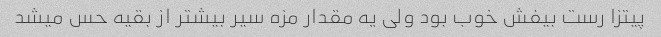
پیتزا رست بیفش خوب بود ولی یه مقدار مزه سیر بیشتر از بقیه حس میشد